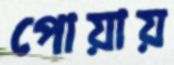
পোয়ায়